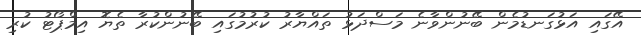
އޭގައި އަޅުގަނޑުމެން ބޭނުންވާނެ މަސްދަޅު ތައްޔާރު ކުރުމުގައި ބޭނުންކުރާ ތެޔޮ އިމްޕޯޓު ކުރި